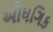
ઔધગિક